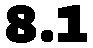
8.1